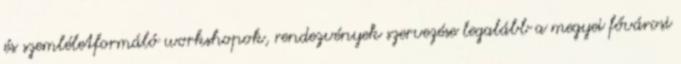
és szemléletformáló workshopok, rendezvények szervezése legalább a megyei fővárosi